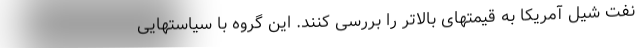
نفت شیل آمریکا به قیمتهای بالاتر را بررسی کنند. این گروه با سیاستهایی